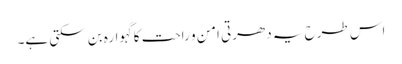
اس طرح یہ دھرتی امن و راحت کا گہوارہ بن سکتی ہے۔